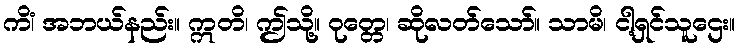
ကိံ၊ အဘယ်နည်း။ ဣတိ၊ ဤသို့။ ဝုတ္တေ၊ ဆိုလတ်သော်။ သာမိ၊ ငါ့ရှင်သူဌေး။